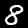
Label: 8